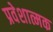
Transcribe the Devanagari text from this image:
प्रवेशात्मक